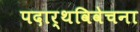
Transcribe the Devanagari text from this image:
पदार्थविवेचना